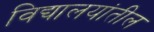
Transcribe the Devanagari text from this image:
विद्यालयांतील